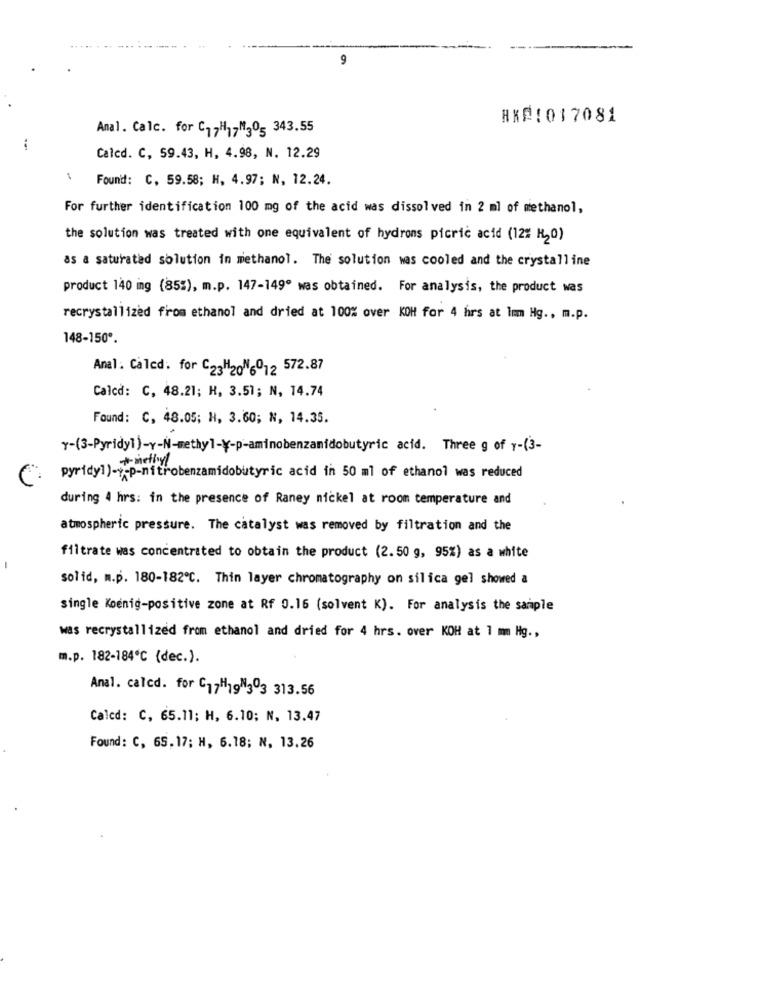
9
HXF:017081
Anal. Calc. for C17H17M305 343.55
Calcd. C, 59.43, H, 4.98, N. 12.29
Found: C, 59.58; H, 4.97; N, 12.24.
For further identification 100 mg of the acid was dissolved in 2 ml of methanol,
the solution was treated with one equivalent of hydrons picric acid (12% H2O)
as a saturated solution in methanol. The solution was cooled and the crystalline
product 140 ing (85%), m.p. 147-149º was obtained. For analysis, the product was
recrystallized from ethanol and dried at 100% over KOH for 4 hrs at lmm Hg ., m.p.
148-150º.
Anal. Caled. for C23H20"6012 572.87
Calcd: C, 48.21; H, 3.51; N, 14.74
Found: C, 48.05; H, 3.60; N, 14.35.
Y-(3-Pyridyl)-y-N-methyl-¥-p-aminobenzanidobutyric acid. Three g of y-(3-
pyridyl)-y-p-nitrobenzamidobutyric acid in 50 ml of ethanol was reduced
during 4 hrs: in the presence of Raney nickel at room temperature and
atmospheric pressure. The catalyst was removed by filtration and the
filtrate was concentrated to obtain the product (2.50 g, 95%) as a white
solid, m.p. 180-182℃. Thin layer chromatography on silica gel showed a
single Koenig-positive zone at Rf 0.16 (solvent K). For analysis the sample
was recrystallized from ethanol and dried for 4 hrs. over KOH at 1 mm Hg .,
m.p. 182-184℃ (dec.).
Anal. calcd. for C17H1gN303 313.56
Calcd: C, 65.11; H, 6.10; N, 13.47
Found: C, 65.17; H, 6.18; N, 13.26